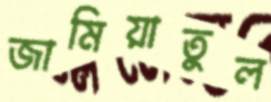
জামিয়াতুল